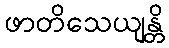
ဖာတိသေယျန္တိ